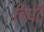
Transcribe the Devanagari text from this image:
चिपटै